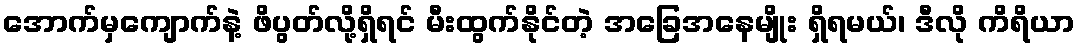
အောက်မှကျောက်နဲ့ ဖိပွတ်လို့ရှိရင် မီးထွက်နိုင်တဲ့ အခြေအနေမျိုး ရှိရမယ်၊ ဒီလို ကိရိယာ